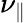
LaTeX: \nu_{\parallel}